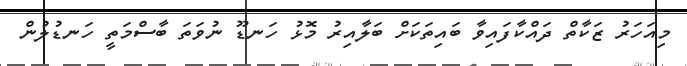
މިއަހަރު ޒަކާތް ދައްކާފައިވާ ބައިތަކަށް ބަލާއިރު މޮޅު ހަނޑޫ ނުވަތަ ބާސްމަތީ ހަނޑުލުން